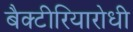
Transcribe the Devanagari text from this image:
बैक्टीरियारोधी